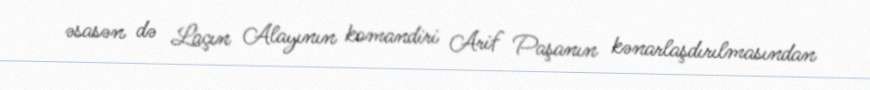
əsasən də Laçın Alayının komandiri Arif Paşanın kənarlaşdırılmasından